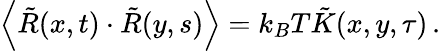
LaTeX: \left\langle\tilde{R}(x,t)\cdot\tilde{R}(y,s)\right\rangle=k_{B}T\tilde{K}(x,y,\tau)\, .